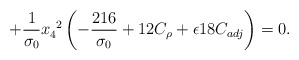
\begin{align*}\hspace{2cm} + \frac{1}{\sigma_{0}} x_{4}^{~2} \left( -\frac{216}{\sigma_{0}} + 12 C_{\rho} + \epsilon 18 C_{adj} \right) = 0.\end{align*}